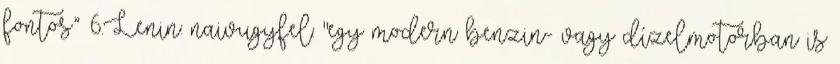
fontos” 6.Lenin: naivugyfel: "egy modern benzin- vagy dízelmotorban is